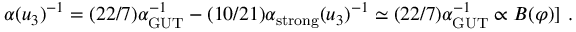
\alpha ( u _ { 3 } ) ^ { - 1 } = ( 2 2 / 7 ) \alpha _ { \mathrm { G U T } } ^ { - 1 } - ( 1 0 / 2 1 ) \alpha _ { \mathrm { s t r o n g } } ( u _ { 3 } ) ^ { - 1 } \simeq ( 2 2 / 7 ) \alpha _ { \mathrm { G U T } } ^ { - 1 } \propto B ( \varphi ) ] \ .